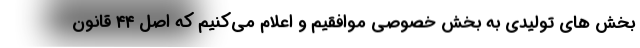
بخش های تولیدی به بخش خصوصی موافقیم و اعلام می‌کنیم که اصل ۴۴ قانون